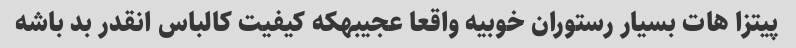
پیتزا هات بسیار رستوران خوبیه واقعا عجیبهکه کیفیت کالباس انقدر بد باشه